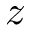
z